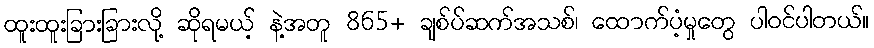
ထူးထူးခြားခြားလို့ ဆိုရမယ့် နဲ့အတူ 865+ ချစ်ပ်ဆက်အသစ်၊ ထောက်ပံ့မှုတွေ ပါဝင်ပါတယ်။